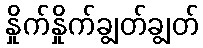
နှိုက်နှိုက်ချွတ်ချွတ်